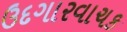
ઉદગારવાચક